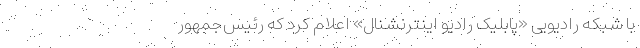
با شبکه رادیویی «پابلیک رادیو اینترنشنال» اعلام کرد که رئیس‌جمهور